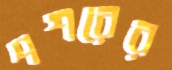
পশরের